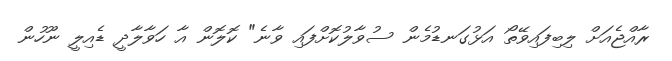
ރާއްޖެއަށް ލިބިފައިވޭތޯ އަޅުގަނޑުމެން ސުވާލުކޮށްފައި ވާނެ" ކޮލޮން އާ ހަވާލާދީ ޑެއިލީ ނޫހުން